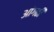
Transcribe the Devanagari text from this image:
आंगठी